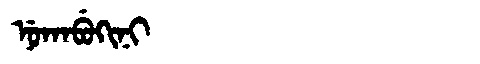
Manchu: ᠨᡠᡴᠠᠪᡠᡴᡳᠨᡳ
Romanization: NUKABUKINI